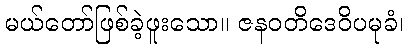
မယ်တော်ဖြစ်ခဲ့ဖူးသော။ ဇနဝတိဒေဝိပမုခံ၊